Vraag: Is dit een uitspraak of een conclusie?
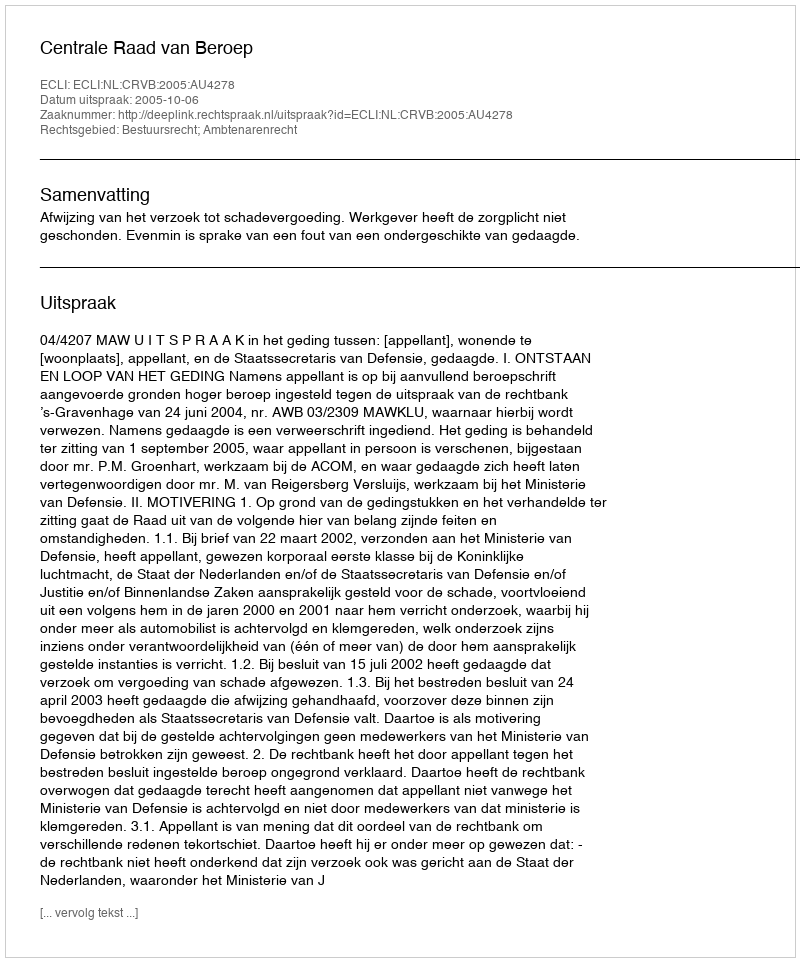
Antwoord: Uitspraak